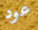
عود